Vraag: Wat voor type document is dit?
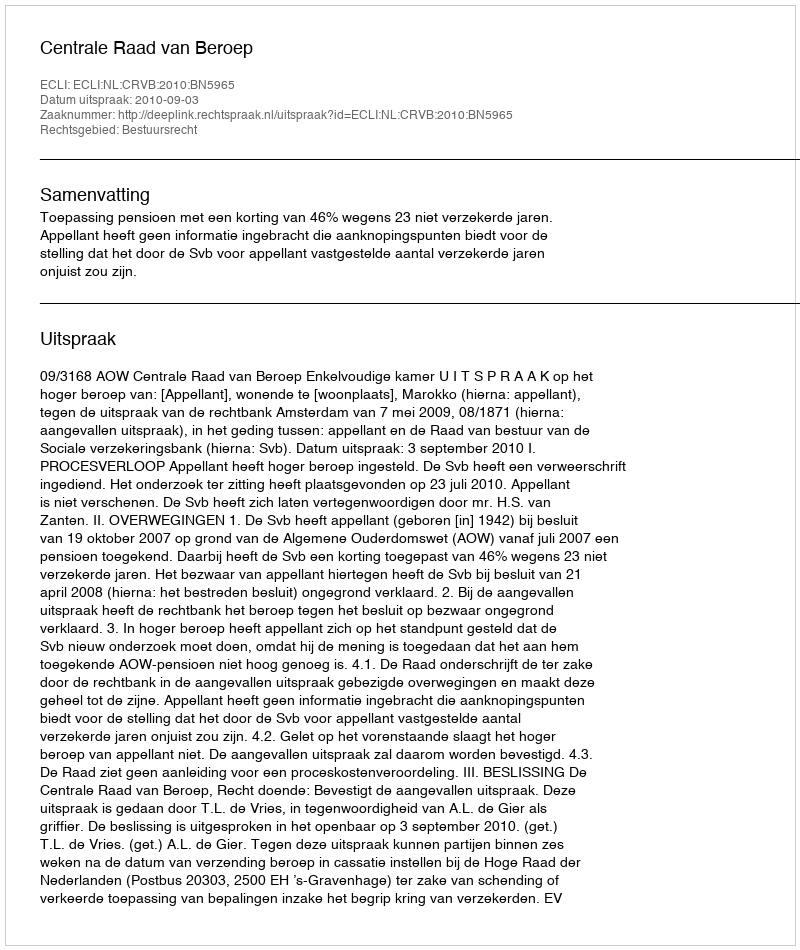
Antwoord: Uitspraak